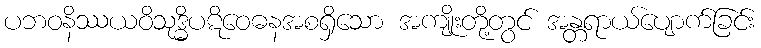
ပဘဝနိဿယဝိသုဒ္ဓိပဋိဝေဓနအစရှိသော အကျိုးတို့တွင် အန္တရာယ်ပျောက်ခြင်း